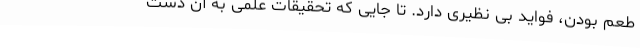
طعم بودن، فواید بی نظیری دارد. تا جایی که تحقیقات علمی به آن دست